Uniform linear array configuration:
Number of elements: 16
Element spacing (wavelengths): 1
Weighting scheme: uniform
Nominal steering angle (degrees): -15
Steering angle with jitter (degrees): -15.915
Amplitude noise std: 0.05
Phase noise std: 0.05

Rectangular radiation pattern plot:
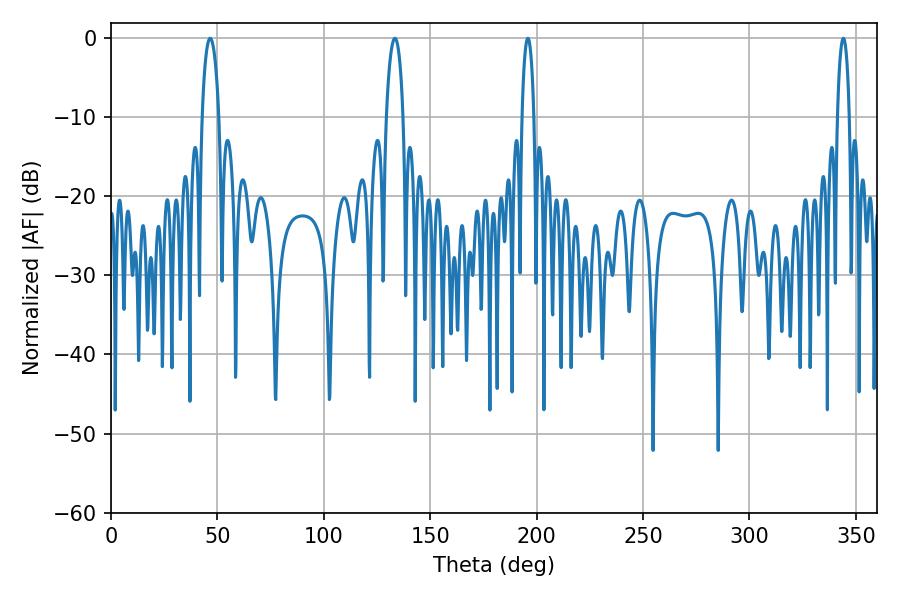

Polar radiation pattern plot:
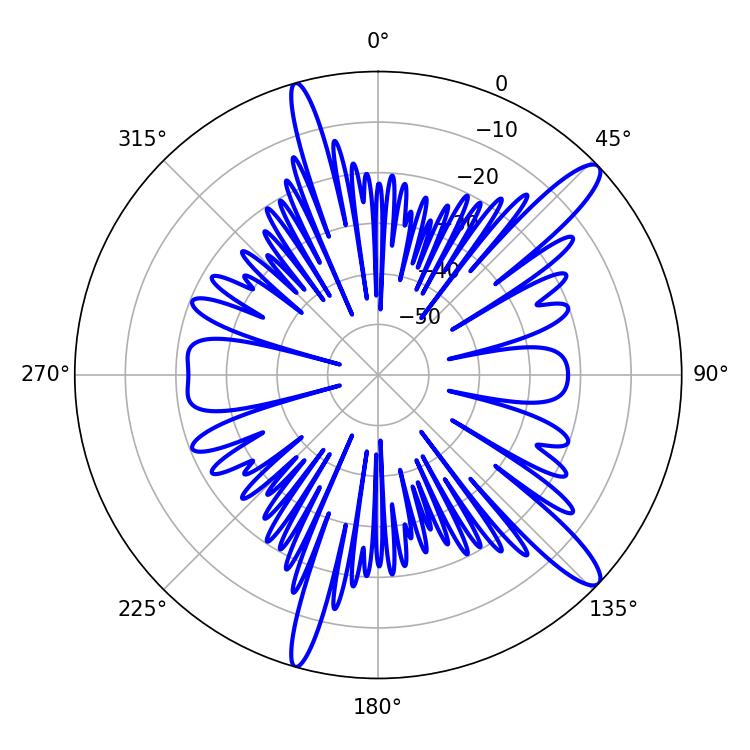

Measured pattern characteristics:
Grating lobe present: TRUE
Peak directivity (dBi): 13.289
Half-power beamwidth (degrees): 4.5
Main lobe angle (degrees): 46.62